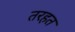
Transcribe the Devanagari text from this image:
तरहत